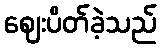
ဈေးပိတ်ခဲ့သည်